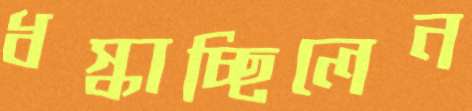
ধস্‌কাচ্ছিলেন